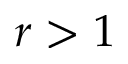
r > 1